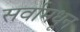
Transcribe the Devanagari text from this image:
सर्वांमधून